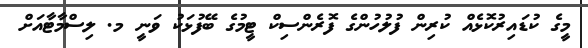
މީގެ ކުޑައިރުކޮޅެއް ކުރިން ފުލުހުންގެ ފޮރެންސިކް ޓީމުގެ ބޭފުޅަކު ވަނީ މ. ލިސްމާޓާއަށް